Leningradi_Edasi_toimetus, lk 92
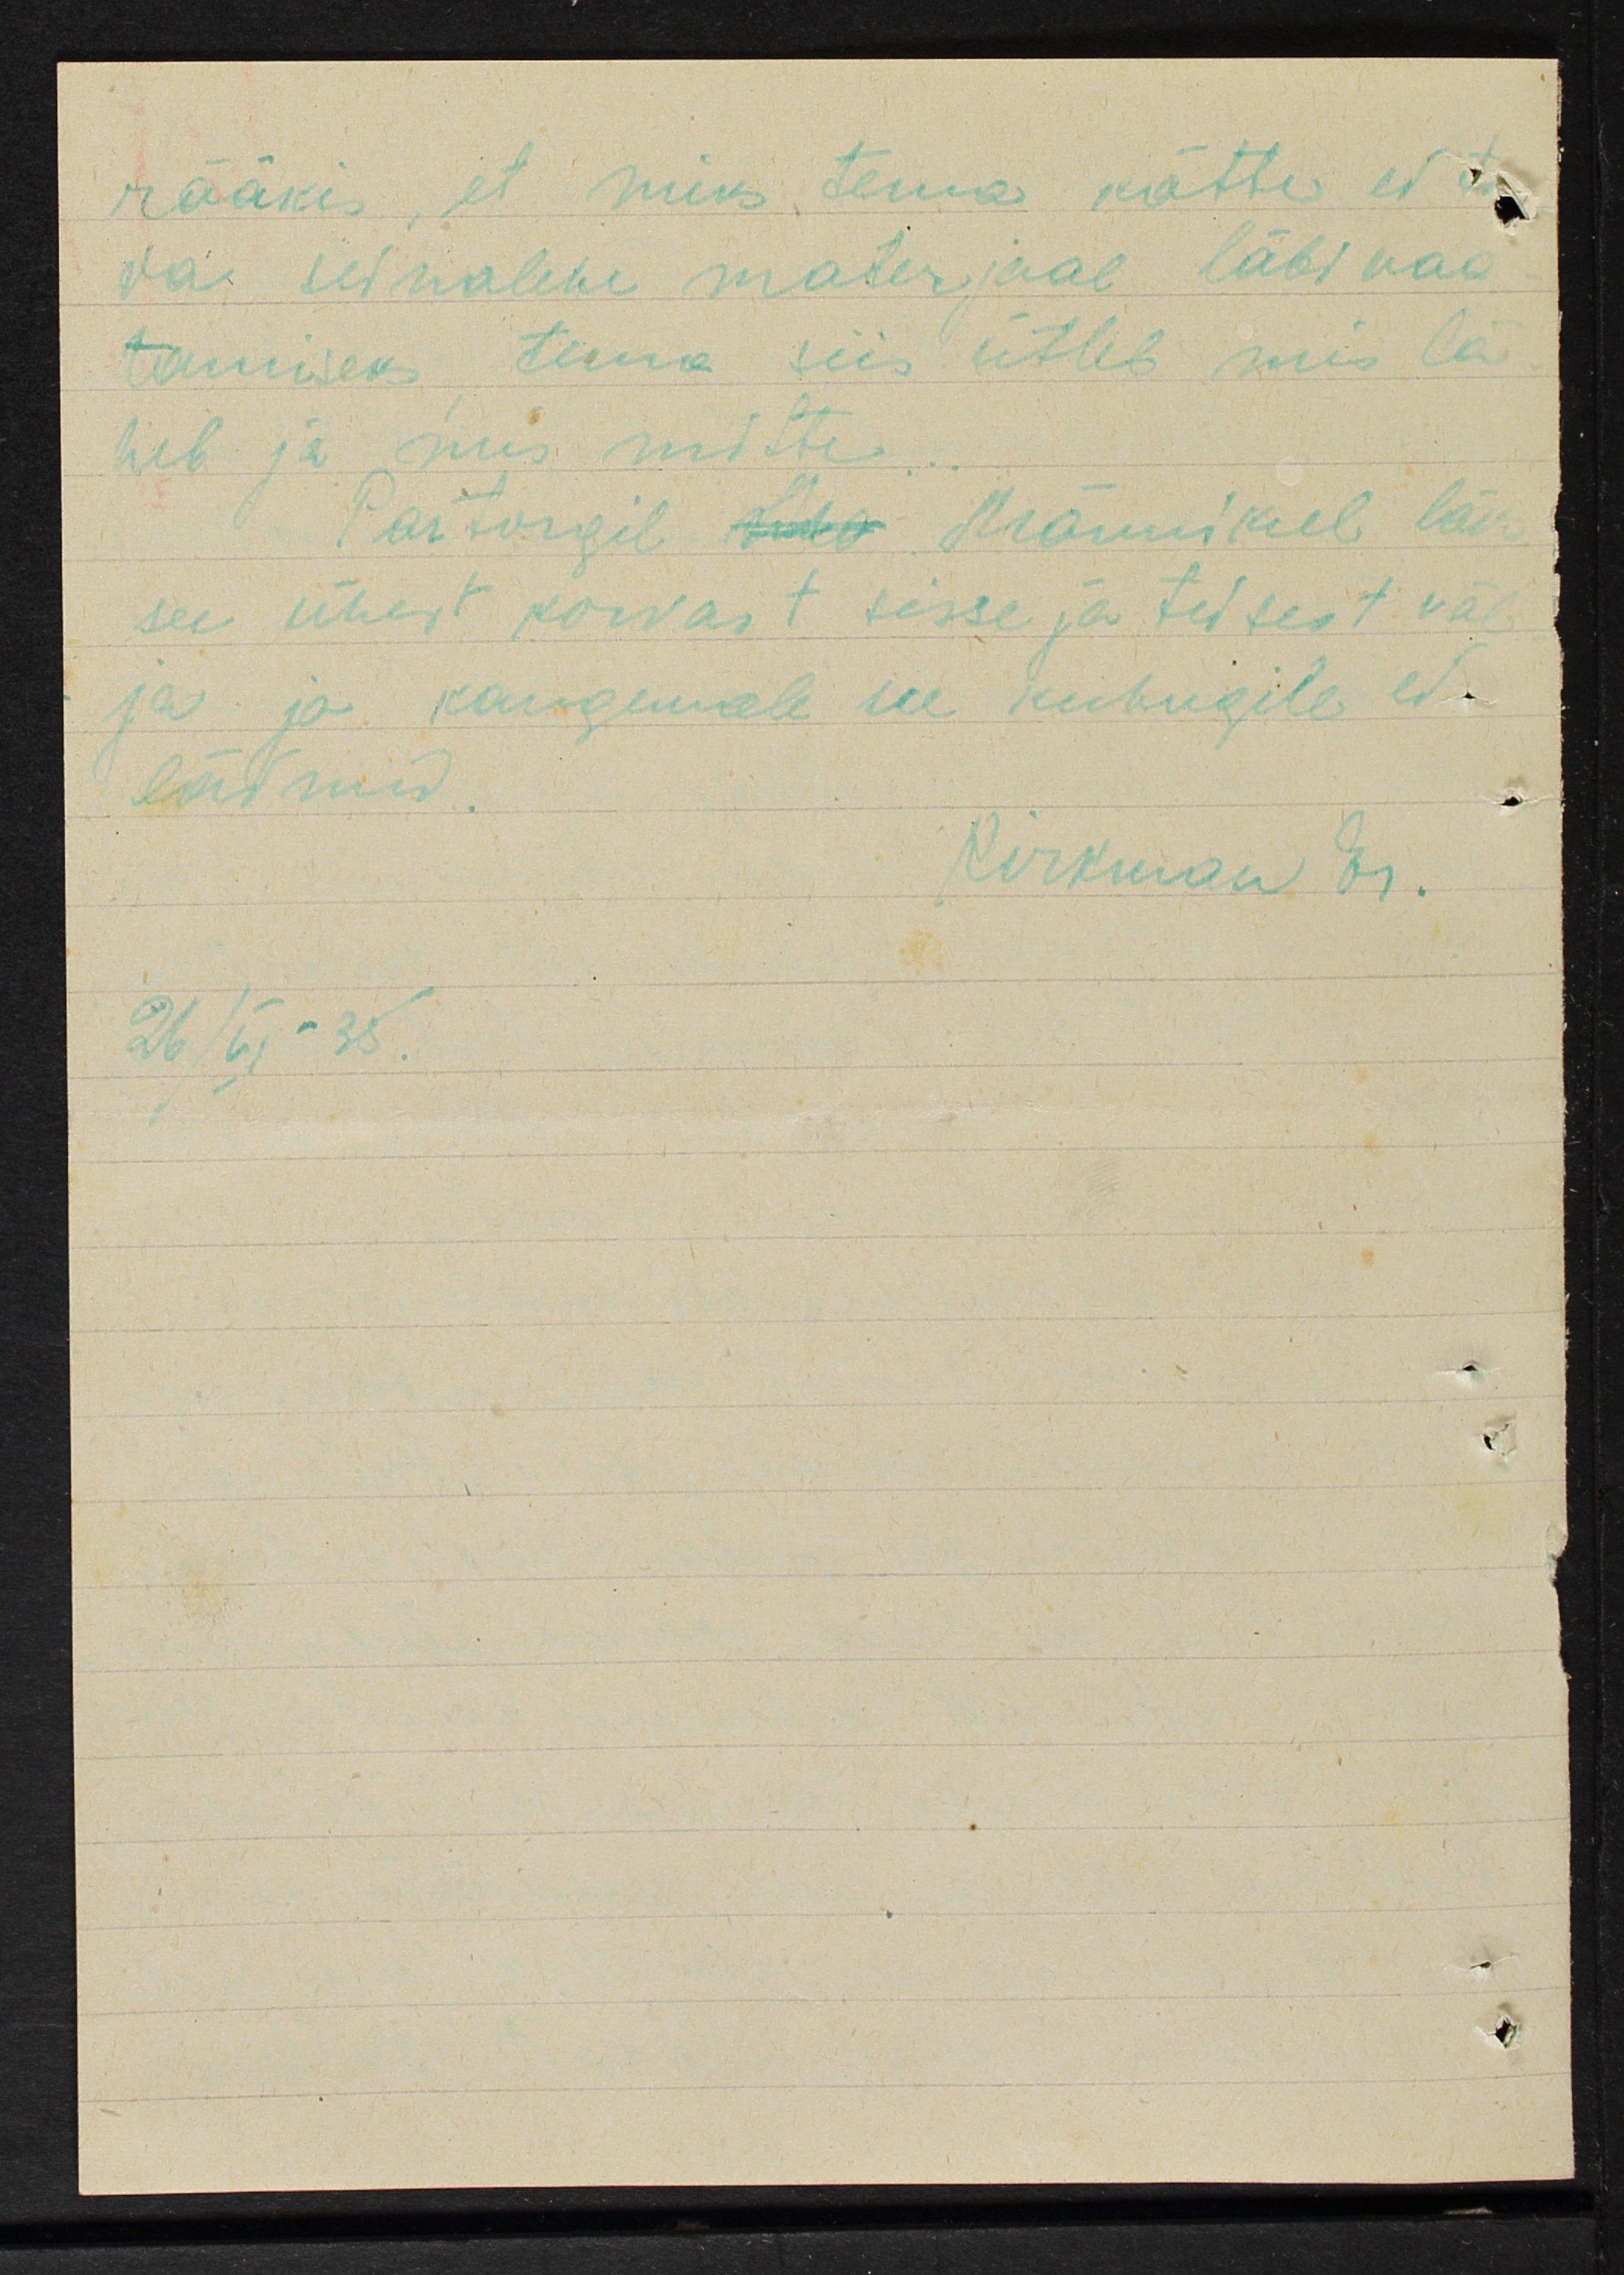
rääkis, et miks tema kätte ei
voi seinalehe materjaal läbi vaa-
tamiseks tema siis ütleb mis la
heb ja mis mitte.
Partorgil Ma Männikel läks
see ühest korvast sisse ja teisest väl-
ja ja kaugemale see kuhugile ei.
läinud
Kirkmon Er.
26/6 - 35.